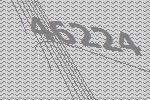
46224